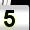
Digit: 5